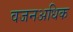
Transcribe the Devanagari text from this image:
वजनअधिक